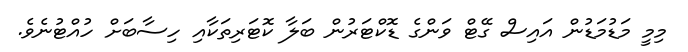
މިމީ މަޑުމަޑުން އައިސް ގޭޓް ވަންގެ ޑޮކްޓަރުން ބަލާ ކޮޓަރިތަކާއި ހިސާބަށް ހުއްޓުނެވެ.